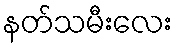
နတ်သမီးလေး